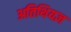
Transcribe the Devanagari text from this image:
अतिथियज्ञ